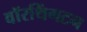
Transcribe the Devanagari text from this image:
वॉरथिंगटन